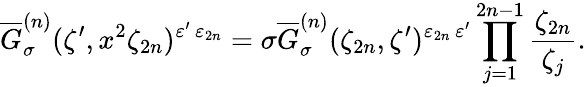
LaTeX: \overline{{{G}}}_{\sigma}^{(n)}(\zeta^{\prime},x^{2}\zeta_{2n})^{\varepsilon^{\prime}\, \varepsilon_{2n}}=\sigma\overline{{{G}}}_{\sigma}^{(n)}(\zeta_{2n},\zeta^{\prime})^{\varepsilon_{2n}\, \varepsilon^{\prime}}\prod_{j=1}^{2n-1}\frac{\zeta_{2n}}{\zeta_{j}}.